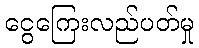
ငွေကြေးလည်ပတ်မှု